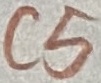
Text: C5